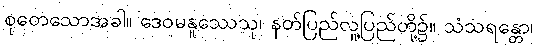
စုတေသောအခါ။ ဒေဝမနူဿေသု၊ နတ်ပြည်လူ့ပြည်တို့၌။ သံသရန္တော၊